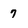
Character: 7